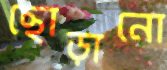
ছোড়ানো